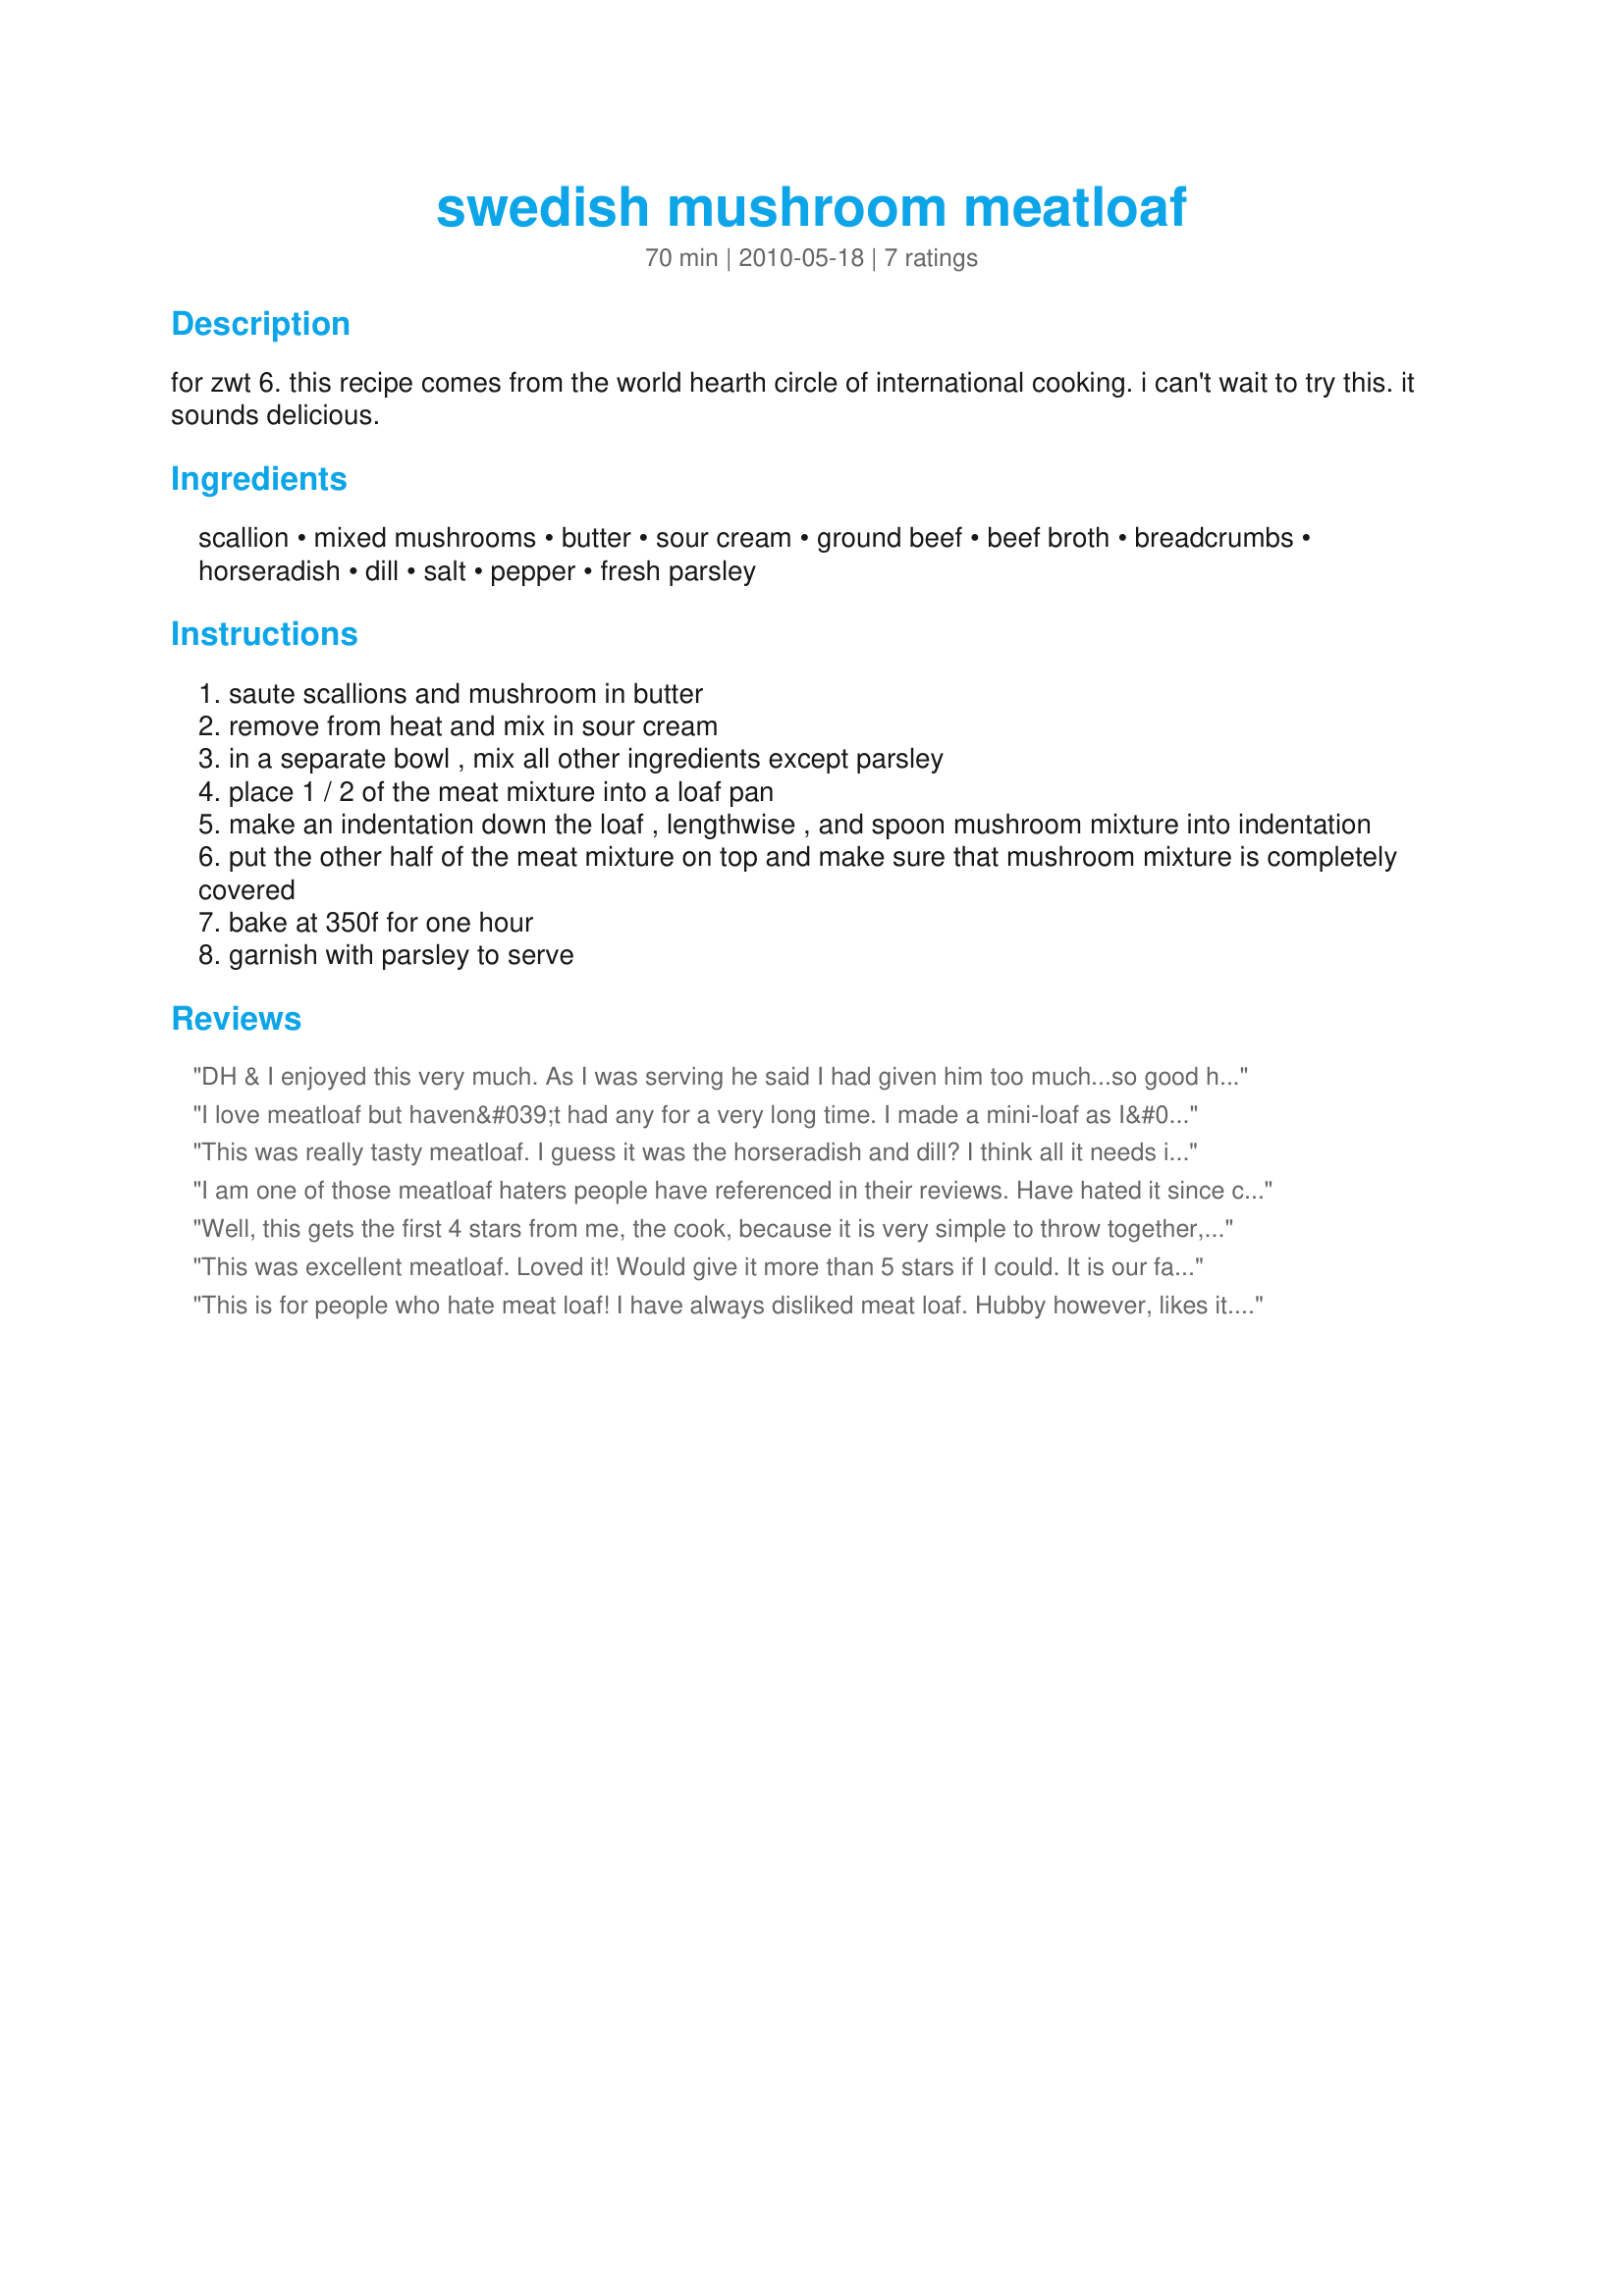
swedish mushroom meatloaf
Preparation time: 70 minutes

for zwt 6. this recipe comes from the world hearth circle of international cooking. i can't wait to try this. it sounds delicious.

Ingredients:
scallion, mixed mushrooms, butter, sour cream, ground beef, beef broth, breadcrumbs, horseradish, dill, salt, pepper, fresh parsley

Steps:
saute scallions and mushroom in butter
remove from heat and mix in sour cream
in a separate bowl , mix all other ingredients except parsley
place 1 / 2 of the meat mixture into a loaf pan
make an indentation down the loaf , lengthwise , and spoon mushroom mixture into indentation
put the other half of the meat mixture on top and make sure that mushroom mixture is completely covered
bake at 350f for one hour
garnish with parsley to serve

Reviews:
DH & I enjoyed this very much. As I was serving he said I had given him too much...so good he went back for seconds. Excellent recommendation. I was getting ready to ask him if he could taste the horseradish and he said what's in this, I then said mushrooms and he said no, does it have horseradish, gosh I was searching for the flavor and he found it. Will make this many times in the future. I used canned mushrooms, that's what I had, can't wait to have it with the real mccoy. Thanks for sharing this recipe. Laurel
I love meatloaf but haven&#039;t had any for a very long time. I made a mini-loaf as I&#039;m the only one who eats meatloaf here. This was simple and very good. Loved the hint of horseradish with the mushrooms. Thanks for sharing Pesto lover. Made for ZWT9.
This was really tasty meatloaf. I guess it was the horseradish and dill? I think all it needs is a gravy, at least for me. Next time I will double the filling and reserve half to pour over! Made for ZWT 6.
I am one of those meatloaf haters people have referenced in their reviews. Have hated it since childhood, no matter what permutation of the stuff got thrown at us. This recipe is the FIRST meatloaf recipe I&#039;ve been able to tolerate at all lol. My son, on the other hand, LOVES this stuff and he can be a picky eater when the mood suits him. I pretty much made the recipe as described.
Well, this gets the first 4 stars from me, the cook, because it is very simple to throw together, especially compared to some of the other meatloaf recipes I have made. The 5th star comes from my 5 year old, who was disappointed when the pan was emptied because he *needed* more! All of the meat eaters in the house enjoyed this very much, and I loved hearing DH&#039;s contented sigh at the end of the meal! I did add some tomato sauce on top about halfway through cooking, which probably made it less Swedish but is a personal preference of DH&#039;s. Thanks for posting, this one is a keeper! Made for ZWT 9, for a fellow Gourmet Goddess!
This was excellent meatloaf. Loved it! Would give it more than 5 stars if I could. It is our favorite recipe of the ZWT6.
This is for people who hate meat loaf! I have always disliked meat loaf. Hubby however, likes it. For over 30 years I have tried various receipes and never liked one. This however, made me a meat loaf lover! It was moist, had a great texture, was not greasy, and was loaded with flavor. I made it as written, but had to use Panko crumbs as that was all I had in my pantry. I wil be making this again and again. I might give it a go using ground chicken and chicken broth.
